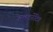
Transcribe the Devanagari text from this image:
अलटर्नेटिव